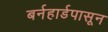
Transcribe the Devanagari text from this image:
बर्नहार्डपासून